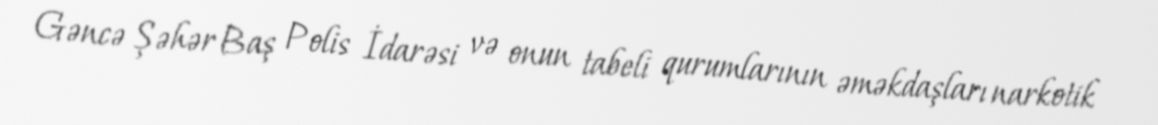
Gəncə Şəhər Baş Polis İdarəsi və onun tabeli qurumlarının əməkdaşları narkotik